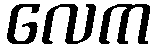
လေက